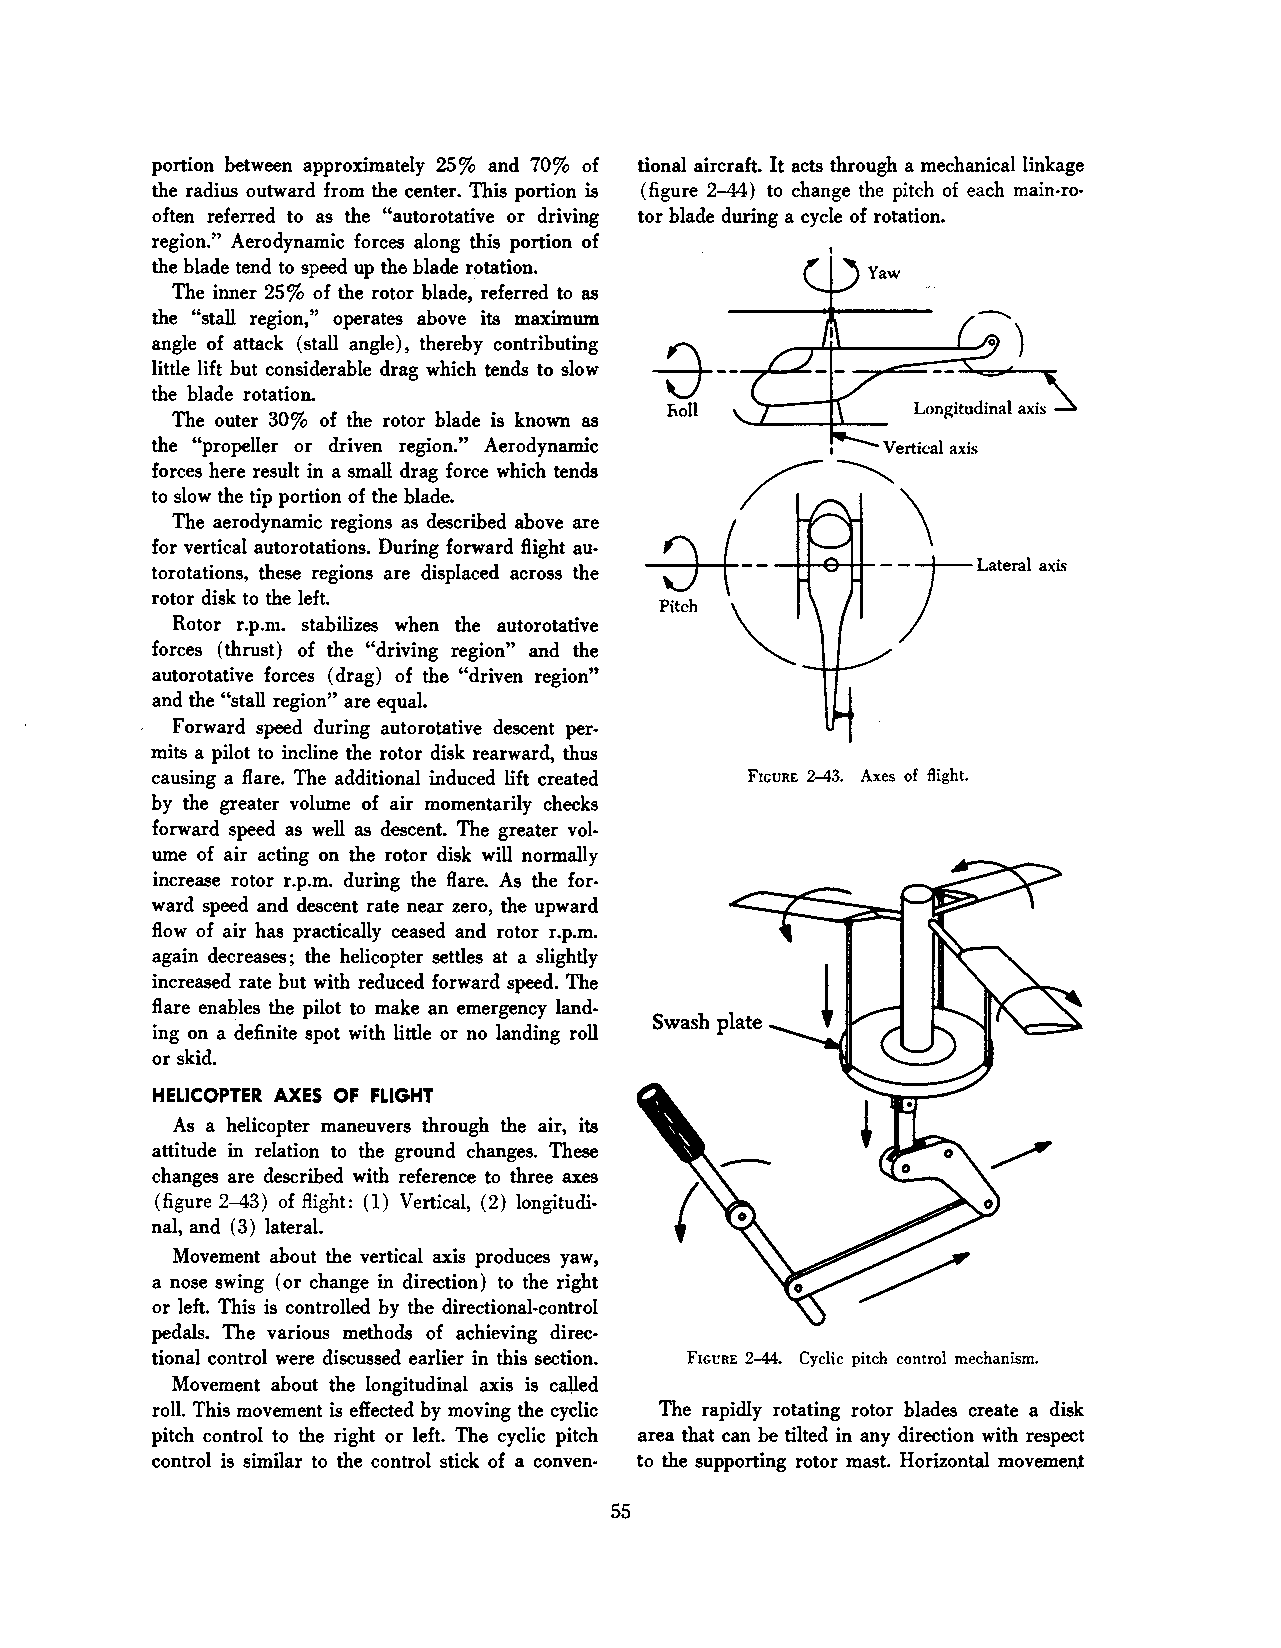
portion between approximately 25% and 70% of tional aircraft. It acts through a mechanical linkage
 the radius outward from the center. This portion is (figure 2-44) to change the pitch of each main-ro·
 often referred to as the "autorotative or driving tor blade during a cycle of rotation.
 region." Aerodynamic forces along this portion of
 the blade tend to speed up the blade rotation.
 The inner 25% of the rotor blade, referred to as
 the "stall region," operates above its maximum
 angle of attack (stall angle), thereby contributing
 little lift but considerable drag which tends to slow
 the blade rotation.
 Longitudinal axis
 The outer 30% of the rotor blade is known as
 the "propeller or driven region." Aerodynamic   Vertical axis
 forces here result in a small drag force which tends ~
 to slow the tip portion of the blade.             \
 The aerodynamic regions as described above are
 for vertical autorotations. During forward Bight au
 torotations, these regions are displaced across the
 rotor disk to the left.
 Rotor r.p.m. stabilizes when the autorotative
 forces (thrust) of the "driving region" and the
 autorotative forces (drag) of the "driven region"
 and the "stall region" are equal.
 Forward speed during autorotative descent per·
 mits a pilot to incline the rotor disk rearward, thus
 causing a Bare. The additional induced lift created FIGURE 2-43. Axes of flight.
 by the greater volume of air momentarily checks
 forward speed as well as descent. The greater vol
 ume of air acting on the rotor disk will normally
 increase rotor r.p.m. during the Bare. As the for
 ward speed and descent rate near zero, the upward
 Bow of air has practically ceased and rotor r.p.m.
 again decreases; the helicopter settles at a slightly
 increased rate but with reduced forward speed. The
 Bare enables the pilot to make an emergency land
 Swash plate
 ing on a definite spot with little or no landing roll
 or skid.
 HELICOPTER AXES OF FLIGHT
 As a helicopter maneuvers through the air, its
 attitude in relation to the ground changes. These
 changes are described with reference to three axes
 (figure 2-43) of flight: (1) Vertical, (2) longitudi
 nal, and ( 3) lateral.
 Movement about the vertical axis produces yaw,
 a nose swing (or change in direction) to the right
 or left. This is controlled by the directional-control
 pedals. The various methods of achieving direc
 tional control were discussed earlier in this section. FIGURE 2-44. Cyclic pitch control mechanism.
 Movement about the longitudinal axis is called
 roll. This movement is eftected by moving the cyclic The rapidly rotating rotor blades create a disk
 pitch control to the right or left. The cyclic pitch area that can be tilted in any direction with respect
 control is similar to the control stick of a conven- to the supporting rotor mast. Horizontal movement
 55